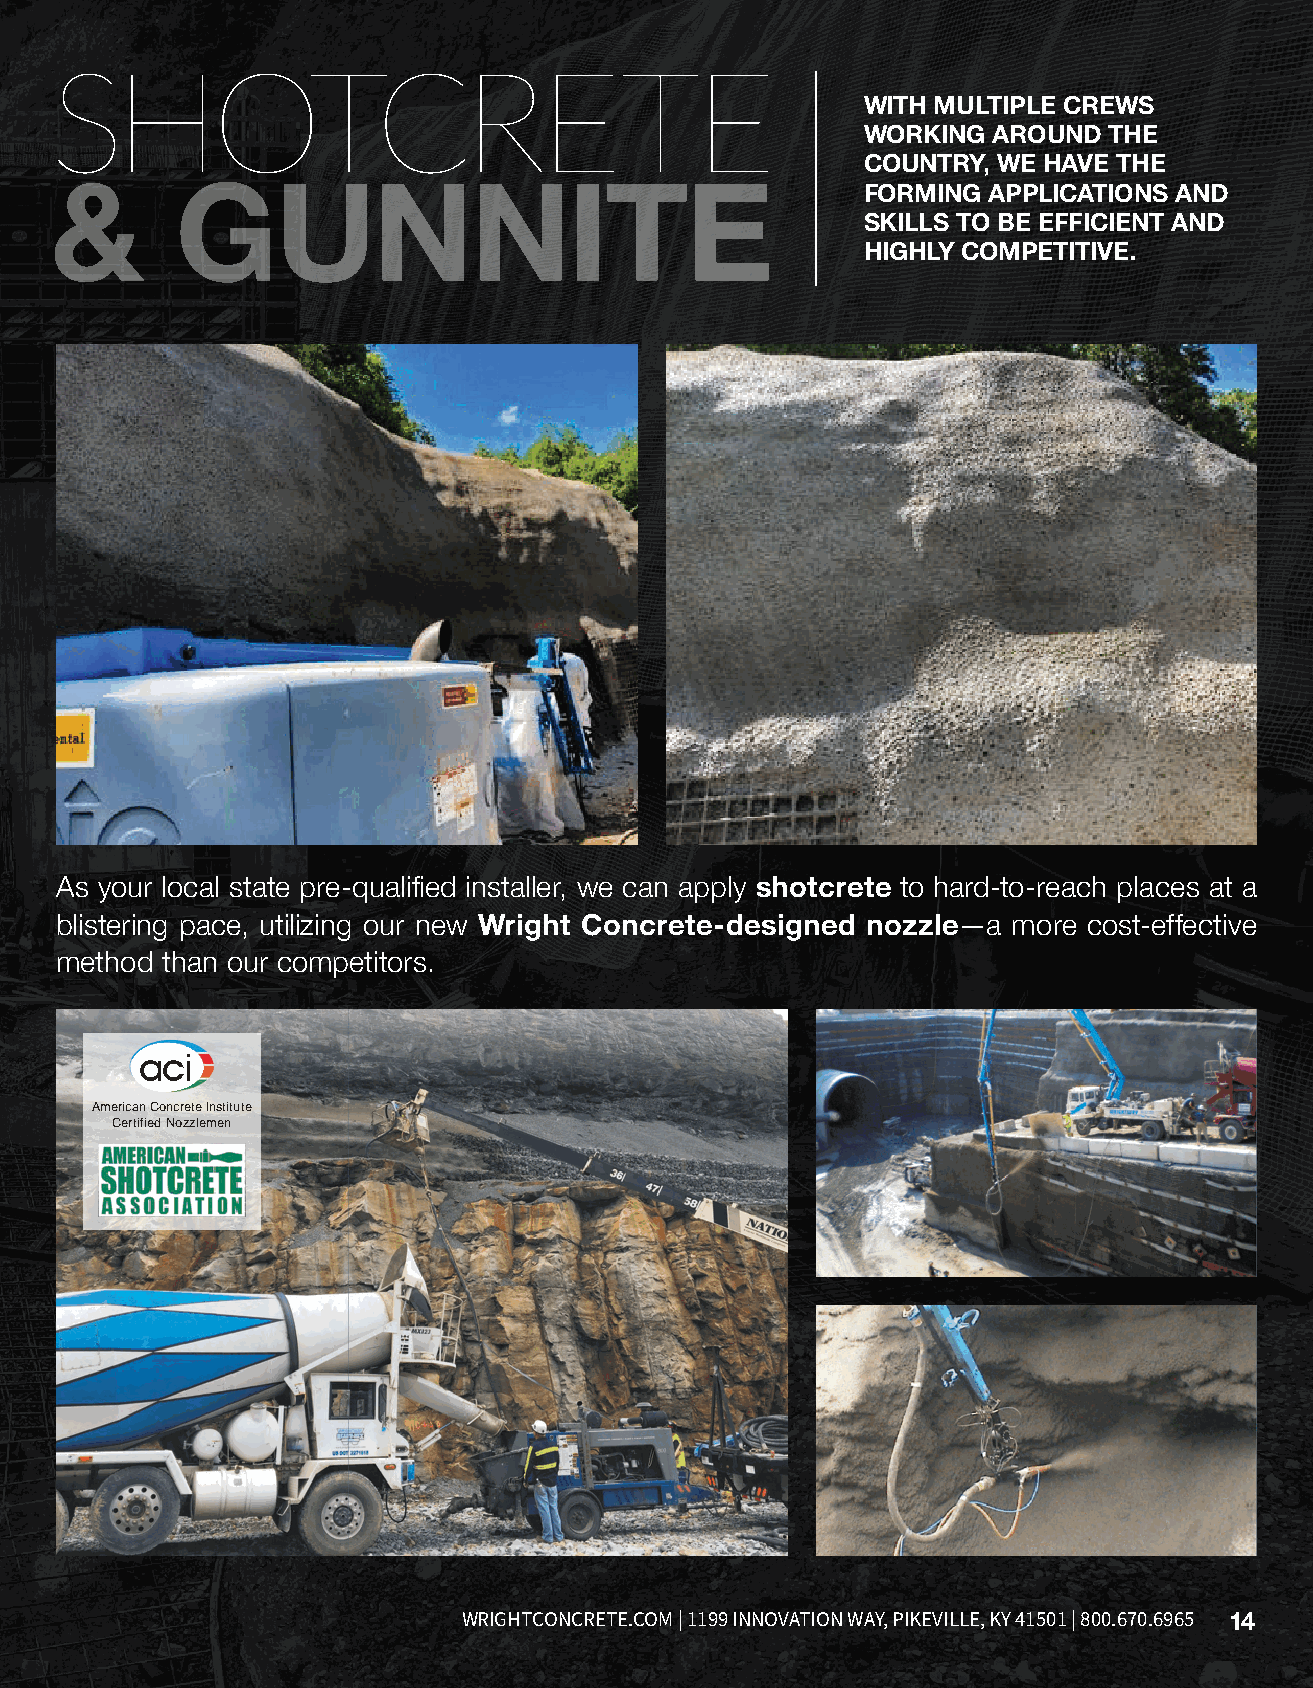
SHOTCRETE
 WITH MULTIPLE CREWS
 WORKING  AROUND THE
 COUNTRY, WE HAVE THE
 &        GUNNITE
 FORMING APPLICATIONS AND
 SKILLS TO BE EFFICIENT AND
 HIGHLY COMPETITIVE.
 As your local state pre-qualified installer, we can apply shotcrete to hard-to-reach places at a
 blistering pace, utilizing our new Wright Concrete-designed nozzle—a more cost-effective
 method than our competitors.
 aci
 American Concrete Institute
 Certified Nozzlemen
 CONSTRUCTION | BLOCK | TOLL-BLENDING | DRILLING | READY MIX | PUMPING | CONVEYORS | EQUIPMENT RENTAL WRIGHTCONCRETE.COM | 1199 INNOVATION WAY, PIKEVILLE, KY 41501 | 800.670.6965 14